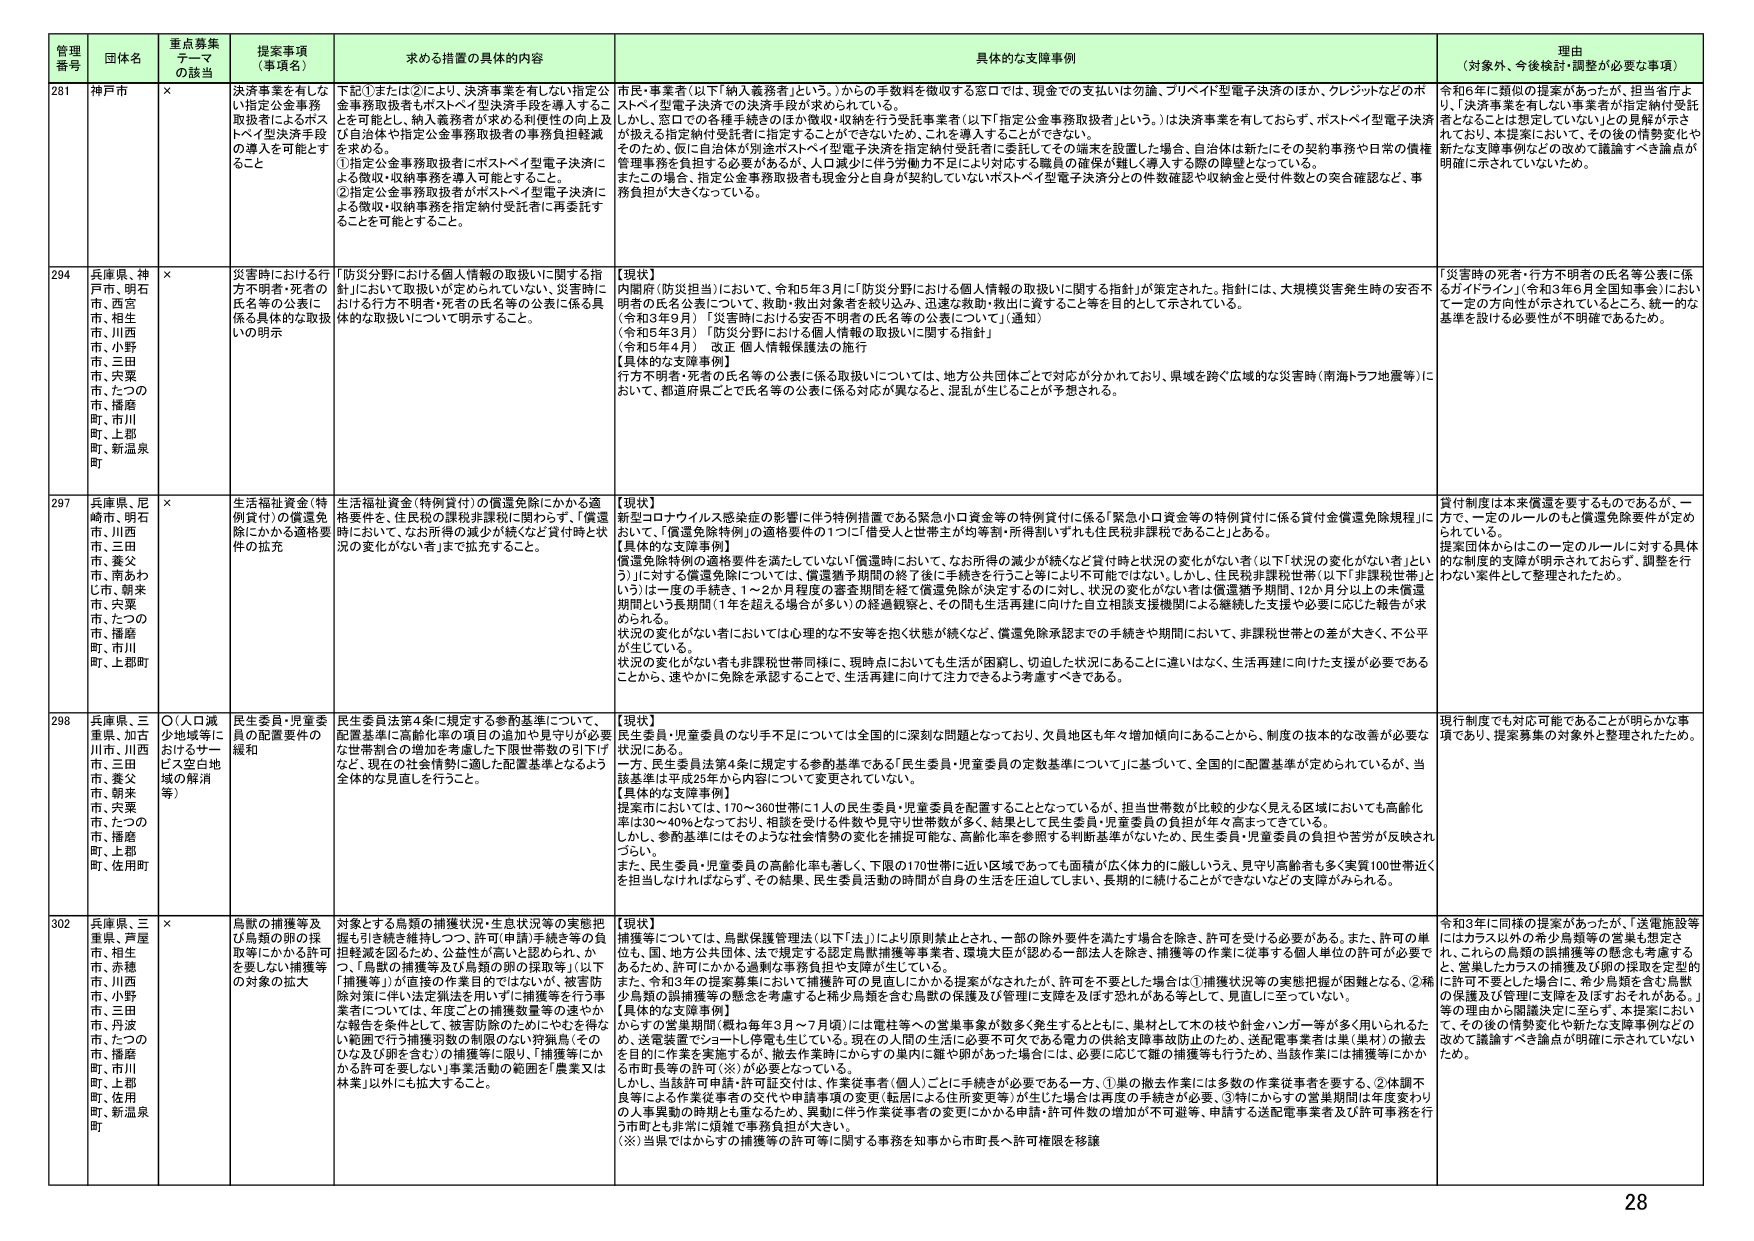
管理番号 団体名 重点募集テーマの該当 提案事項（事項名） 求める措置の具体的内容 具体的な支援事例 理由（対象外、今後検討・調整が必要な事項）

281 神戸市 × 決済事業を有しない指定公金事務取扱者によるポストペイ型決済手段の導入を可能とすること 下記①または②により、決済事業を有しない指定公金事務取扱者もポストペイ型決済手段を導入することを可能とし、納入義務者が求める利便性の向上及び自治体や指定公金事務取扱者の事務負担軽減を求める。 ①指定公金事務取扱者にポストペイ型電子決済による徴収・収納事務を導入可能とすること。 ②指定公金事務取扱者がポストペイ型電子決済による徴収・収納事務を指定納付受託者に再委託することを可能とすること。 市民・事業者（以下「納入義務者」という。）からの手数料を徴収する窓口では、現金での支払いは勿論、プリペイド型電子決済のほか、クレジットなどのポストペイ型電子決済での決済手段が求められている。 しかし、窓口での各種手続のほか徴収・収納を行う受託事業者（以下「指定公金事務取扱者」という。）は決済事業を有しておらず、ポストペイ型電子決済が扱える指定納付受託者に指定することができないため、これを導入することができない。 そのため、仮に自治体が別途ポストペイ型電子決済を指定納付受託者に委託してその端末を設置した場合、自治体は新たにその契約事務や日常の債権管理事務を負担する必要があるが、人口減少に伴う労働力不足により対応する職員の確保が難しく導入する際の障壁となっている。 またこの場合、指定公金事務取扱者も現金分と自身が契約していないポストペイ型電子決済分との件数確認や収納金と受付件数との突合確認など、事務負担が大きくなっている。 令和6年に類似の提案があったが、担当省庁より、「決済事業を有しない事業者が指定納付受託者となることは想定していない」ため見解が示されており、本提案において、その後の情勢変化や新たな支援事例などの改めて議論すべき議論が明確に示されていないため。

294 兵庫県、神戸市、明石市、西宮市、相生市、川西市、小野市、三田市、宍粟市、たつの市、播磨町、市川町、上郡町、新温泉町 × 災害時における行方不明者・死者の氏名等の公表に係る具体的な取扱いの明示 「防災分野における個人情報の取扱いに関する指針」において取扱いが定められていない、災害時における行方不明者・死者の氏名等の公表に係る具体的な取扱いについて明示すること。 【現状】 内閣府（防災担当）において、令和5年3月に「防災分野における個人情報の取扱いに関する指針」が策定された。指針には、大規模災害発生時の安否不明者の氏名公表について、救助・救出対象者を絞り込み、迅速な救助・救出に資すること等を目的として示されている。 （令和3年9月）「災害時における安否不明者の氏名等の公表について」（通知） （令和5年3月）「防災分野における個人情報の取扱いに関する指針」 （令和5年4月） 改正 個人情報保護法の施行 【具体的な支援事例】 行方不明者・死者の氏名等の公表に係る取扱いについては、地方公共団体ごとで対応が分かれており、県域を跨ぐ広域的な災害時（南海トラフ地震等）において、都道府県ごとで氏名等の公表に係る対応が異なると、混乱が生じることが予想される。 「災害時の死者・行方不明者の氏名等公表に係るガイドライン」（令和3年6月全国知事会）において一定の方向性が示されているところ、統一的な基準を設ける必要性が不明確であるため。

297 兵庫県、尼崎市、明石市、川西市、三田市、養父市、南あわじ市、朝来市、宍粟市、たつの市、播磨町、市川町、上郡町 × 生活福祉資金（特例貸付）の償還免除にかかる適格要件を、住民税の課税非課税に関わらず、「償還時ににおいて、なお所得の減少が続くなど貸付時と状況の変化がない者」まで拡充すること。 【現状】 新型コロナウイルス感染症の影響に伴う特例措置である緊急小口資金等の特例貸付に係る「緊急小口資金等の特例貸付に係る貸付金償還免除規程」において、「償還免除特例」の適格要件の1つに「借受人と世帯主が均等割・所得割いずれも住民税非課税であること」とある。 【具体的な支援事例】 償還免除特例の適格要件を満たしていない「償還時において、なお所得の減少が続くなど貸付時と状況の変化がない者（以下「状況の変化がない者」という）」に対する償還免除については、償還猶予期間の終了後に手続きを行うこと等により不可能ではない。しかし、住民税非課税世帯（以下「非課税世帯」という）は一度の手続き、1～2か月程度の審査期間を経て償還免除が決定するのに対し、状況の変化がない者は償還猶予期間、12か月分以上の未償還期間という長期間（1年を超える場合が多い）の経過観察と、その間も生活再建に向けた自立相談支援機関による継続した支援や必要に応じた報告が求められる。 状況の変化がない者においては心理的な不安等を抱く状態が続くなど、償還免除承認までの手続きや期間において、非課税世帯との差が大きく、不公平が生じている。 状況の変化がない者も非課税世帯同様に、現時点においても生活が困窮し、切迫した状況にあることに違いはなく、生活再建に向けた支援が必要であることから、速やかに免除を承認することで、生活再建に向けて注力できるよう考慮すべきである。 貸付制度は本来償還を要するものであるが、一方で、一定のルールのもと償還免除要件が定められている。 提案団体からはこの一定のルールに対する具体的な制度的支援が明示されておらず、調整を行わない案件として整理されたため。

298 兵庫県、三重県、加古川市、川西市、三田市、養父市、朝来市、宍粟市、たつの市、播磨町、上郡町、佐用町 ○（人口減少地域等におけるサービス空白地域の解消等） 民生委員・児童委員の配置要件の緩和 民生委員法第4条に規定する参酌基準について、配置基準に高齢化率の項目の追加や見守りが必要な世帯割合の増加を考慮した下限世帯数の引下げなど、現在の社会情勢に適した配置基準となるよう全体的な見直しを行うこと。 【現状】 民生委員・児童委員のなり手不足については全国的に深刻な問題となっており、欠員地区も年々増加傾向にあることから、制度の抜本的な改善が必要な状況にある。 一方、民生委員法第4条に規定する参酌基準である「民生委員・児童委員の定数基準について」に基づいて、全国的に配置基準が定められているが、当該基準は平成25年から内容について変更されていない。 【具体的な支援事例】 提案市においては、170～360世帯に1人の民生委員・児童委員を配置することとなっているが、担当世帯数が比較的少なく見える区域においても高齢化率は30～40%となっており、相談を受けた件数や見守り世帯数が多く、結果として民生委員・児童委員の負担が年々高まってきている。 しかし、参酌基準にはそのような社会情勢の変化を捕捉可能で、高齢化率を参照する判断基準がないため、民生委員・児童委員の負担や苦労が反映されづらい。 また、民生委員・児童委員の高齢化率も著しく、下限の170世帯に近い区域であっても面積が広く体力的に厳しいうえ、見守り高齢者も多く実質100世帯近くを担当しなければならず、その結果、民生委員活動の時間が自身の生活を圧迫してしまい、長期的に続けることができないなどの支援がみられる。 現行制度でも対応可能であることが明らかな事項であり、提案募集の対象外と整理されたため。

302 兵庫県、三重県、芦屋市、相生市、赤穂市、川西市、小野市、三田市、丹波市、たつの市、播磨町、市川町、上郡町、佐用町、新温泉町 × 鳥獣の捕獲等及び鳥類の卵の採取等にかかる許可を要しない捕獲等の対象の拡大 対象とする鳥類の捕獲状況・生活状況等の実態把握も引き続き維持しつつ、許可（申請）手続き等の負担軽減を図るため、公益性が高いと認められ、かつ、「鳥獣の捕獲等及び鳥類の卵の採取等」（以下「捕獲等」）の直接の作業目的ではないが、被雪防除対策に伴い法定猟法を用いず「捕獲等を行う事業者については、年度ごとの捕獲数量等の速やかな報告を条件として、被害防除のためにやむを得ない範囲で行う捕獲羽数の制限のない狩猟鳥」そのひな及び卵を含む）の捕獲等に限り、「捕獲等にかかる許可を要しない」事業活動の範囲を「農業又は林業」以外にも拡大すること。 【現状】 捕獲等については、鳥獣保護管理法（以下「法」）により原則禁止とされ、一部の除外要件を満たす場合を除き、許可を受ける必要がある。また、許可の単位は、国、地方公共団体、法で規定する認定鳥獣捕獲等業者、環境大臣が認める一部法人を除き、捕獲等の作業に従事する個人単位の許可が必要であるため、許可にかかる過剰な事務負担や支障が生じている。 また、令和3年の提案募集において捕獲許可の見直しがかかる提案がなされたが、許可を不要とした場合は①捕獲状況等の実態把握が困難となる、②稀少鳥類の個体捕獲等の懸念を考慮すると稀少鳥類を含む鳥獣の捕獲及び管理に支援を及ぼす恐れがある等として、見直しに至っていない。 【具体的な支援事例】 かすの営巣期間（概ね毎年3月～7月頃）には電柱等への営巣事象が数多く発生するとともに、集材として木の枝や針金ハンガー等が多く用いられるため、送電装置でショートし停電も生じている。現在の人間の生活に必要不可欠である電力の供給支障事故防止のため、送配電事業者は県（集材）の撤去を目的に作業を実施するが、撤去作業時にかからずの巣内に雛や卵があった場合には、必要に応じて雛の捕獲等も行うため、当該作業には捕獲等にかかる市町長等の許可（※）が必要となっている。 しかし、当該許可申請・許可認定時は、作業従事者（個人）ごとに手続きが必要である一方、①巣の撤去作業には多数の作業従事者を要する、②体調不良等による作業従事者の交代や申請事項の変更（転居による住所変更等）が生じた場合は再度の手続きが必要、③特にかからずの営巣期間は年度変わりの人事異動の時期とも重なるため、申請に伴う作業従事者の変更にかかる申請・許可件数の増加が不可避等、申請する送配電事業者及び許可事務を行う市町とも非常に煩雑で事務負担が大きい。 （※）当県ではかからずの捕獲等の許可等に関する事務を知事から市町長へ許可権限を移譲 令和3年に同様の提案があったが、「送電施設等にはカラス以外の希少鳥類等の営巣も想定され、これらの鳥類の個体捕獲等の懸念も考慮する上、営巣したカラスの捕獲及び卵の採取を定型的に許可不要とした場合に、希少鳥類を含む鳥獣の保護及び管理に支障を及ぼすおそれがある。」等の理由から関連決定に至らず、本提案において、その後の情勢変化や新たな支援事例などの改めて議論すべき議論が明確に示されていないため。

28